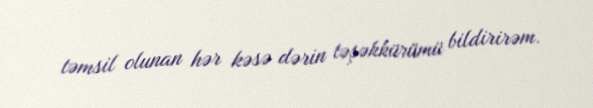
təmsil olunan hər kəsə dərin təşəkkürümü bildirirəm.